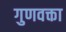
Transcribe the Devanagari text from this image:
गुणवक्ता